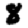
Digit: 8